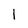
Character: 1